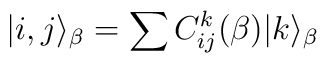
|i,j\rangle_{\beta} = \sum C_{ij}^{k} ({\beta}) |k\rangle_{\beta}